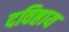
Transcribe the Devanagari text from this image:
दविष्ठाय